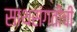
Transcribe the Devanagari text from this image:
साथसंगतीची